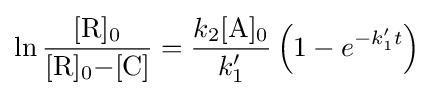
\ln {\frac {{\ce {[R]0}}}{{\ce {[R]0-[C]}}}}={\frac {k_{2}{\ce {[A]0}}}{k_{1}'}}\left(1-e^{-k_{1}'t}\right)